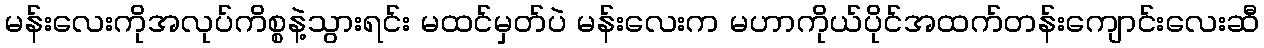
မန်းလေးကိုအလုပ်ကိစ္စနဲ့သွားရင်း မထင်မှတ်ပဲ မန်းလေးက မဟာကိုယ်ပိုင်အထက်တန်းကျောင်းလေးဆီ